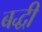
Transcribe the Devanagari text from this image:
बद्धी